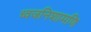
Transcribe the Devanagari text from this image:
ध्वजनिशामणि